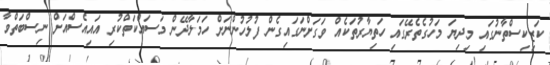
ކަޒިކިސްތާނުގައި މިދިޔަ މަހުގެތެރޭގައި ހަތިޔާރުތަކެއް ވަގަށްނަގައިގެން ފުލުހުންނަށް ހަމަލާދޭން މަސައްކަތްކުރި އައިއެސްއަށް ނިސްބަތްވާ